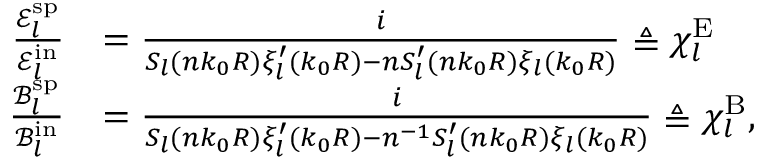
\begin{array} { r l } { \frac { \mathcal { E } _ { l } ^ { \mathrm { s p } } } { \mathcal { E } _ { l } ^ { \mathrm { i n } } } } & { = \frac { i } { S _ { l } ( n k _ { 0 } R ) \xi _ { l } ^ { \prime } ( k _ { 0 } R ) - n S _ { l } ^ { \prime } ( n k _ { 0 } R ) \xi _ { l } ( k _ { 0 } R ) } \triangleq \chi _ { l } ^ { \mathrm { E } } } \\ { \frac { \mathcal { B } _ { l } ^ { \mathrm { s p } } } { \mathcal { B } _ { l } ^ { \mathrm { i n } } } } & { = \frac { i } { S _ { l } ( n k _ { 0 } R ) \xi _ { l } ^ { \prime } ( k _ { 0 } R ) - n ^ { - 1 } S _ { l } ^ { \prime } ( n k _ { 0 } R ) \xi _ { l } ( k _ { 0 } R ) } \triangleq \chi _ { l } ^ { \mathrm { B } } , } \end{array}